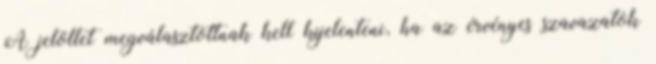
A jelöltet megválasztottnak kell kijelenteni, ha az érvényes szavazatok